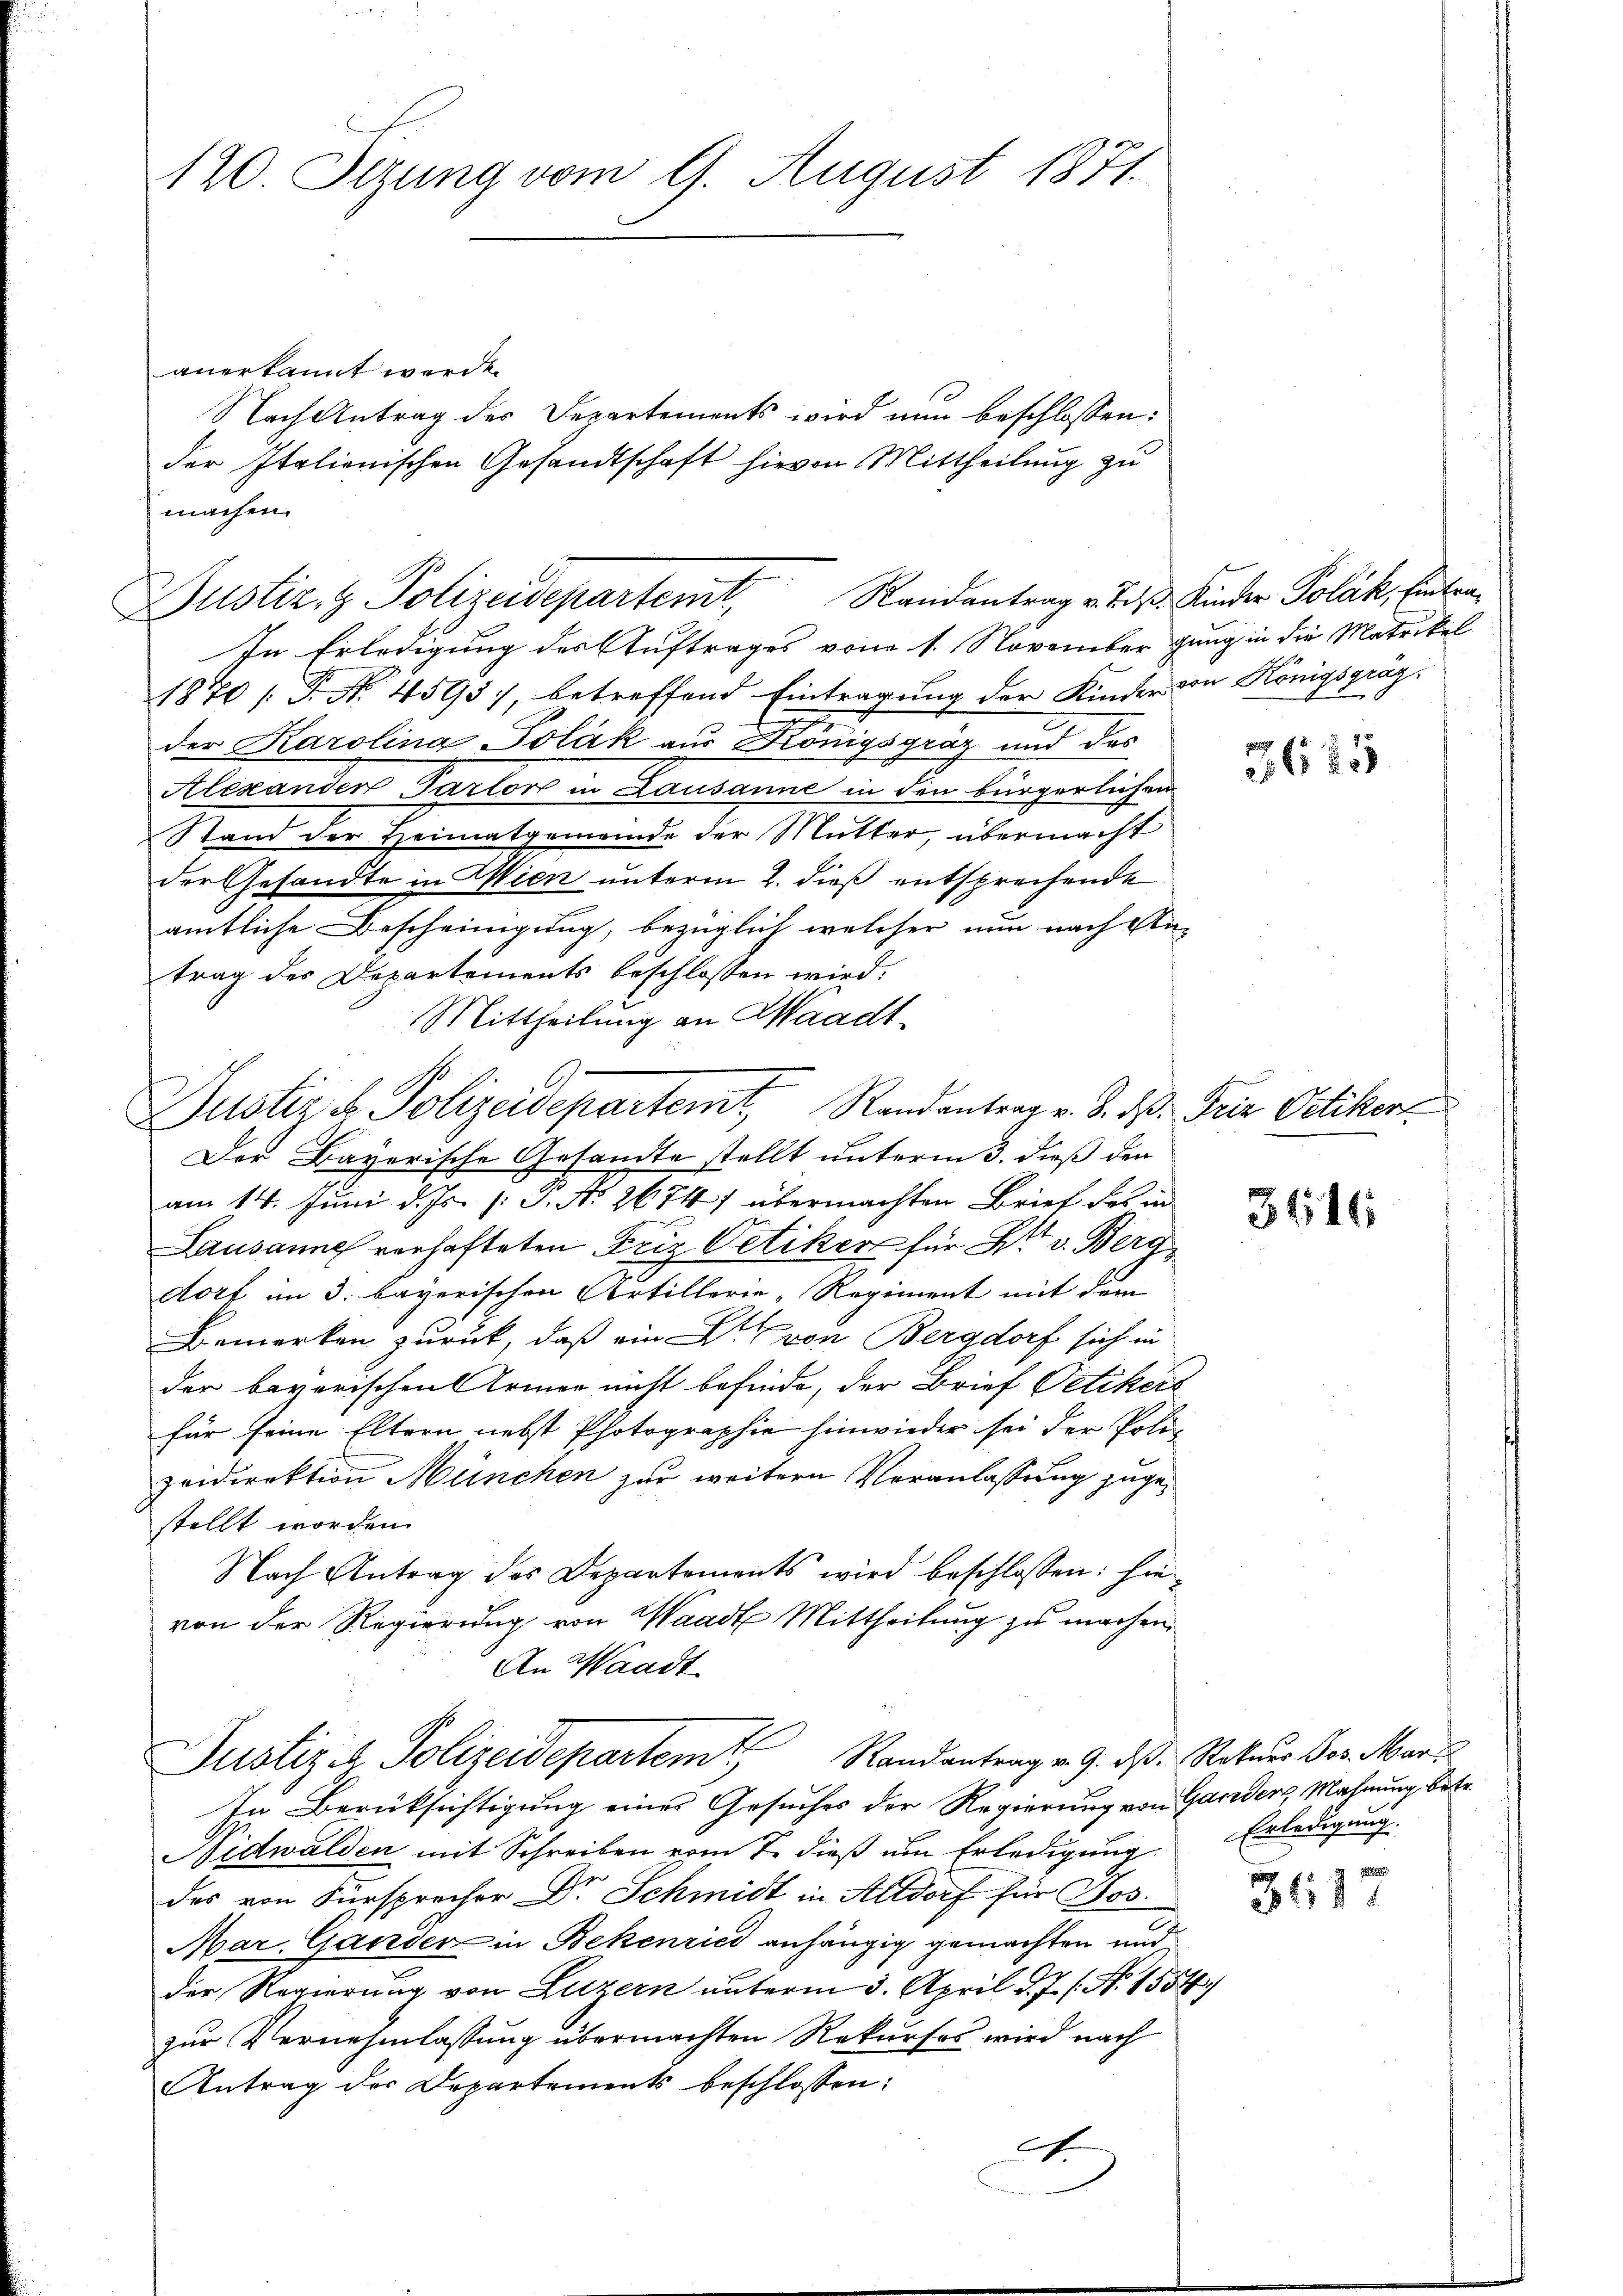
120. Setzung vom 17. August 1871.

anerkannt werde.
machen.
In Erledigung des Auftrages vom 1. November ging in die Matrikel
1870 /T. No. 4595), betreffend Eintragung der Kinder von Königsgräg.
der Karolina Jolák aus Königsgräz und des
Alexanden Gartort in Lausanne in den bürgerlichen
Stand der Heimatgemeinde der Mutter, übermacht
der Gesandte in Wien unterm 2. dieß entsprechende
amtliche Bescheinigung, bezüglich welcher nun nach An-
trag des Departements beschlossen wird.
Mittheilung an Waadt.
Justiz & Polizeidepartemt, Randantrag v. 8. d. Friz Oetikon
Der Bayerische Gesandte stellt unterm 3. dieß der
am 14. Juni d. Js. [: P. N. 2674) übermachten Brief des in
Lausanne verhafteten Friz Oetiker für 2 v. Berg
dorf im 3. bayerischen Artillerie-Regiment mit dem
Bemerken zurück, daß ein Dr. von Bergdorf sich in
der bayerischen Armen nicht befinde, der Brief Oetikers
für seine Eltern nebst Photographie hinwieder sei der Poli-
zeidirektion München zur weitern Veranlassung zugestellt worden.
Nach Antrag des Departements wird beschlossen: hievon der Regierung von Waadt Mittheilung zu machen
An Waadt

Nach Antrag des Departements wird nun beschlossen:
der Italienischen Gesandtschaft hievon Mittheilung zu

Justiz & Polizeidepartemt Randantrag v. J. Kinder Polák, Eintra¬

Justiziz Polizeidepartem Randantrag v. 9. ds Rekurs Jos. Mar

In Berücksichtigung eines Gesuches der Regierung von Garders, Mahnung betr.
Nidwalden mit Schreiben vom 7. dieß um Erledigung
des von Fürsprecher Dr. Schmidt in Altdorf für Jos.
Mar. Gander in Bekenries anhängig gemachten und
der Regierung von Luzern unterm 3. April d. J. /. N. 1554
zur Vernehmlassung übermachten Rekurses wird nach
Antrag der Departements beschlossen:
A.

3625

3416

Erledigung.

3617